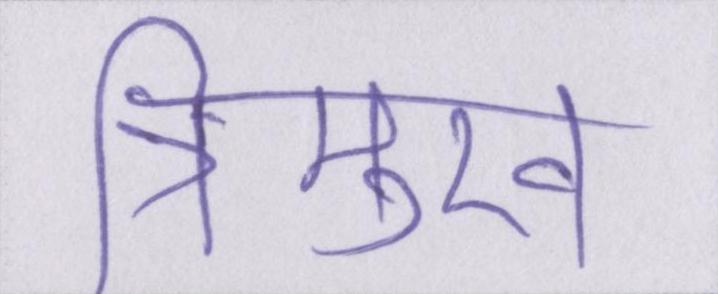
त्रिमुख